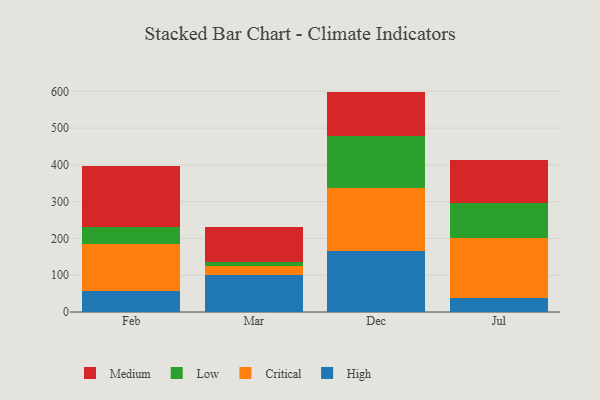
{"axis": {"x": "Month", "y": "Temperature (°C)"}, "legend": ["Critical", "High", "Low", "Medium"], "data": [{"x": "Feb", "y": 56.9, "type": "High"}, {"x": "Feb", "y": 128.7, "type": "Critical"}, {"x": "Feb", "y": 44.9, "type": "Low"}, {"x": "Feb", "y": 166.9, "type": "Medium"}, {"x": "Mar", "y": 101.1, "type": "High"}, {"x": "Mar", "y": 24.6, "type": "Critical"}, {"x": "Mar", "y": 9.2, "type": "Low"}, {"x": "Mar", "y": 95.6, "type": "Medium"}, {"x": "Dec", "y": 166.7, "type": "High"}, {"x": "Dec", "y": 170.3, "type": "Critical"}, {"x": "Dec", "y": 142.1, "type": "Low"}, {"x": "Dec", "y": 120.2, "type": "Medium"}, {"x": "Jul", "y": 37.2, "type": "High"}, {"x": "Jul", "y": 163.4, "type": "Critical"}, {"x": "Jul", "y": 96.8, "type": "Low"}, {"x": "Jul", "y": 114.9, "type": "Medium"}]}